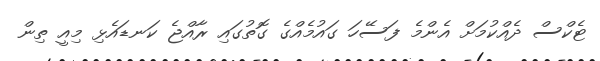
ޓެކްސް ދެއްކުމަށް އެންމެ ފަސޭހަ ގައުމެއްގެ ގޮތުގައި ރާއްޖެ ކަނޑައެޅި މިއީ ތިން